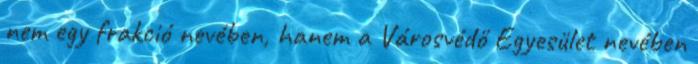
nem egy frakció nevében, hanem a Városvédő Egyesület nevében